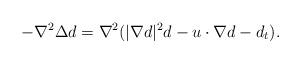
LaTeX: \begin{align*}-\nabla^2 \Delta d=\nabla^2(|\nabla d|^2 d- u\cdot \nabla d -d_t).\end{align*}